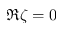
\Re \zeta = 0